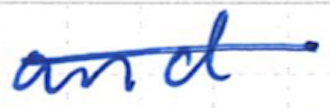
Text: and
Cross-out: mix
Writing tool: ballpoint